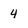
Character: 4